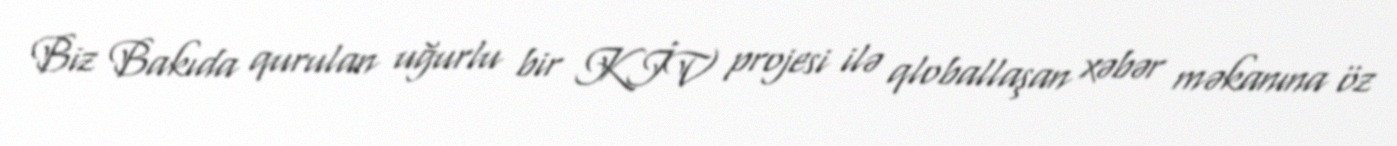
Biz Bakıda qurulan uğurlu bir KİV projesi ilə qloballaşan xəbər məkanına öz